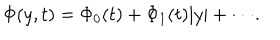
LaTeX: \Phi ( y , t ) = \Phi _ { 0 } ( t ) + \Phi _ { 1 } ( t ) \vert y \vert + \cdot \cdot \cdot .